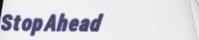
StopAhead